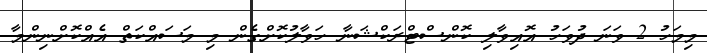
މިމަހު 2 ވަނަ ދުވަހު އޮއިވާލި ކޮންސްޓްރަކްޝަނާ ހަވާލުކޮށްގެން މި މަސައްކަތް އެއްކޮށްނިންމާ